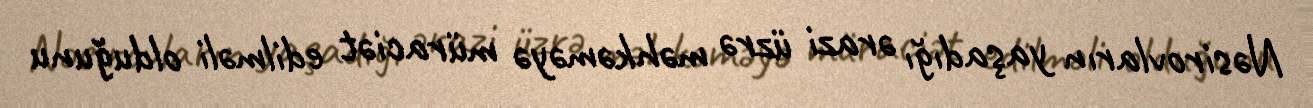
Nəsirovların yaşadığı ərazi üzrə məhkəməyə müraciət edilməli olduğunu